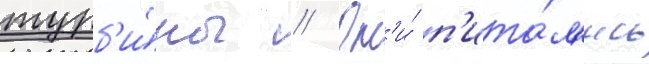
турб'и́ны // Он'и́ п'ита́л'ись